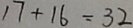
1 7 + 1 6 = 3 2